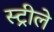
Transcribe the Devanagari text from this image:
स्ट्रीले